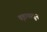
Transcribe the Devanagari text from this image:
वृत्तापासून